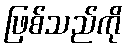
ဖြစ်သည်ကို